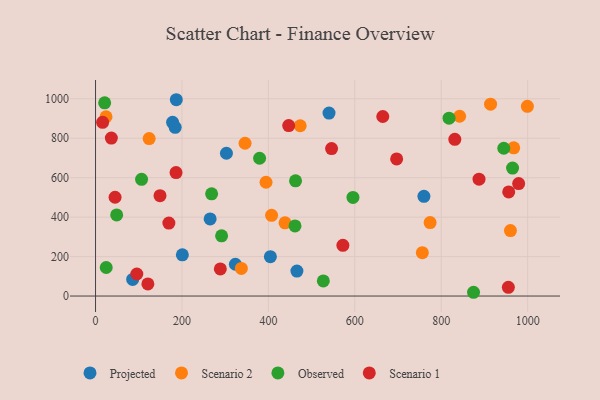
{"axis": {"x": "Study Hours", "y": "Sales"}, "legend": ["Observed", "Projected", "Scenario 1", "Scenario 2"], "data": [{"x": "200.9", "y": 209.2, "type": "Projected"}, {"x": "404.6", "y": 199.6, "type": "Projected"}, {"x": "265.2", "y": 391.1, "type": "Projected"}, {"x": "85.9", "y": 84.1, "type": "Projected"}, {"x": "540.3", "y": 927.6, "type": "Projected"}, {"x": "323.6", "y": 161.2, "type": "Projected"}, {"x": "302.9", "y": 724.1, "type": "Projected"}, {"x": "466.0", "y": 126.4, "type": "Projected"}, {"x": "178.3", "y": 880.9, "type": "Projected"}, {"x": "186.9", "y": 995.4, "type": "Projected"}, {"x": "759.9", "y": 505.8, "type": "Projected"}, {"x": "184.3", "y": 855.7, "type": "Projected"}, {"x": "394.5", "y": 576.9, "type": "Scenario 2"}, {"x": "774.2", "y": 372.5, "type": "Scenario 2"}, {"x": "407.4", "y": 409.1, "type": "Scenario 2"}, {"x": "756.2", "y": 219.9, "type": "Scenario 2"}, {"x": "346.0", "y": 774.7, "type": "Scenario 2"}, {"x": "24.3", "y": 909.1, "type": "Scenario 2"}, {"x": "960.1", "y": 331.8, "type": "Scenario 2"}, {"x": "124.1", "y": 798.6, "type": "Scenario 2"}, {"x": "842.5", "y": 911.7, "type": "Scenario 2"}, {"x": "473.6", "y": 863.5, "type": "Scenario 2"}, {"x": "914.1", "y": 972.7, "type": "Scenario 2"}, {"x": "438.5", "y": 371.1, "type": "Scenario 2"}, {"x": "337.4", "y": 140.2, "type": "Scenario 2"}, {"x": "967.7", "y": 751.5, "type": "Scenario 2"}, {"x": "999.3", "y": 962.0, "type": "Scenario 2"}, {"x": "527.1", "y": 76.9, "type": "Observed"}, {"x": "965.0", "y": 648.8, "type": "Observed"}, {"x": "874.7", "y": 19.1, "type": "Observed"}, {"x": "944.7", "y": 749.4, "type": "Observed"}, {"x": "461.6", "y": 355.4, "type": "Observed"}, {"x": "106.5", "y": 591.8, "type": "Observed"}, {"x": "595.7", "y": 499.9, "type": "Observed"}, {"x": "48.9", "y": 411.5, "type": "Observed"}, {"x": "291.7", "y": 305.1, "type": "Observed"}, {"x": "379.6", "y": 698.7, "type": "Observed"}, {"x": "24.7", "y": 144.6, "type": "Observed"}, {"x": "462.8", "y": 584.4, "type": "Observed"}, {"x": "21.1", "y": 979.8, "type": "Observed"}, {"x": "268.6", "y": 518.4, "type": "Observed"}, {"x": "818.0", "y": 901.9, "type": "Observed"}, {"x": "36.6", "y": 801.0, "type": "Scenario 1"}, {"x": "447.0", "y": 864.3, "type": "Scenario 1"}, {"x": "887.4", "y": 592.8, "type": "Scenario 1"}, {"x": "831.4", "y": 794.5, "type": "Scenario 1"}, {"x": "169.7", "y": 369.8, "type": "Scenario 1"}, {"x": "95.5", "y": 111.7, "type": "Scenario 1"}, {"x": "186.3", "y": 625.8, "type": "Scenario 1"}, {"x": "664.7", "y": 910.4, "type": "Scenario 1"}, {"x": "956.1", "y": 528.1, "type": "Scenario 1"}, {"x": "979.1", "y": 570.2, "type": "Scenario 1"}, {"x": "288.8", "y": 137.6, "type": "Scenario 1"}, {"x": "546.2", "y": 747.6, "type": "Scenario 1"}, {"x": "955.3", "y": 44.0, "type": "Scenario 1"}, {"x": "121.1", "y": 61.3, "type": "Scenario 1"}, {"x": "16.4", "y": 881.0, "type": "Scenario 1"}, {"x": "696.8", "y": 695.4, "type": "Scenario 1"}, {"x": "572.4", "y": 257.3, "type": "Scenario 1"}, {"x": "149.2", "y": 509.0, "type": "Scenario 1"}, {"x": "45.2", "y": 500.8, "type": "Scenario 1"}]}